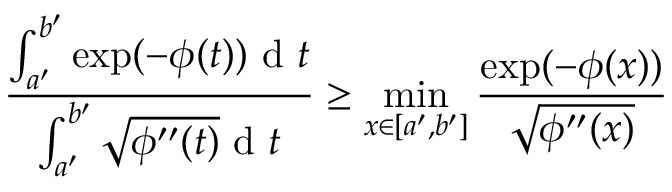
\frac { \int _ { a ^ { \prime } } ^ { b ^ { \prime } } \exp ( - \phi ( t ) ) \textup { d } t } { \int _ { a ^ { \prime } } ^ { b ^ { \prime } } \sqrt { \phi ^ { \prime \prime } ( t ) } \textup { d } t } \geq \operatorname* { m i n } _ { x \in [ a ^ { \prime } , b ^ { \prime } ] } \frac { \exp ( - \phi ( x ) ) } { \sqrt { \phi ^ { \prime \prime } ( x ) } }